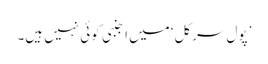
’پول سرکل‘ میں اجنبی کوئی نہیں ہیں۔